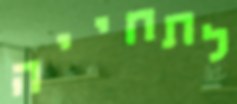
לתחייה